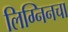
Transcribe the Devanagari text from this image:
लिग्निनचा